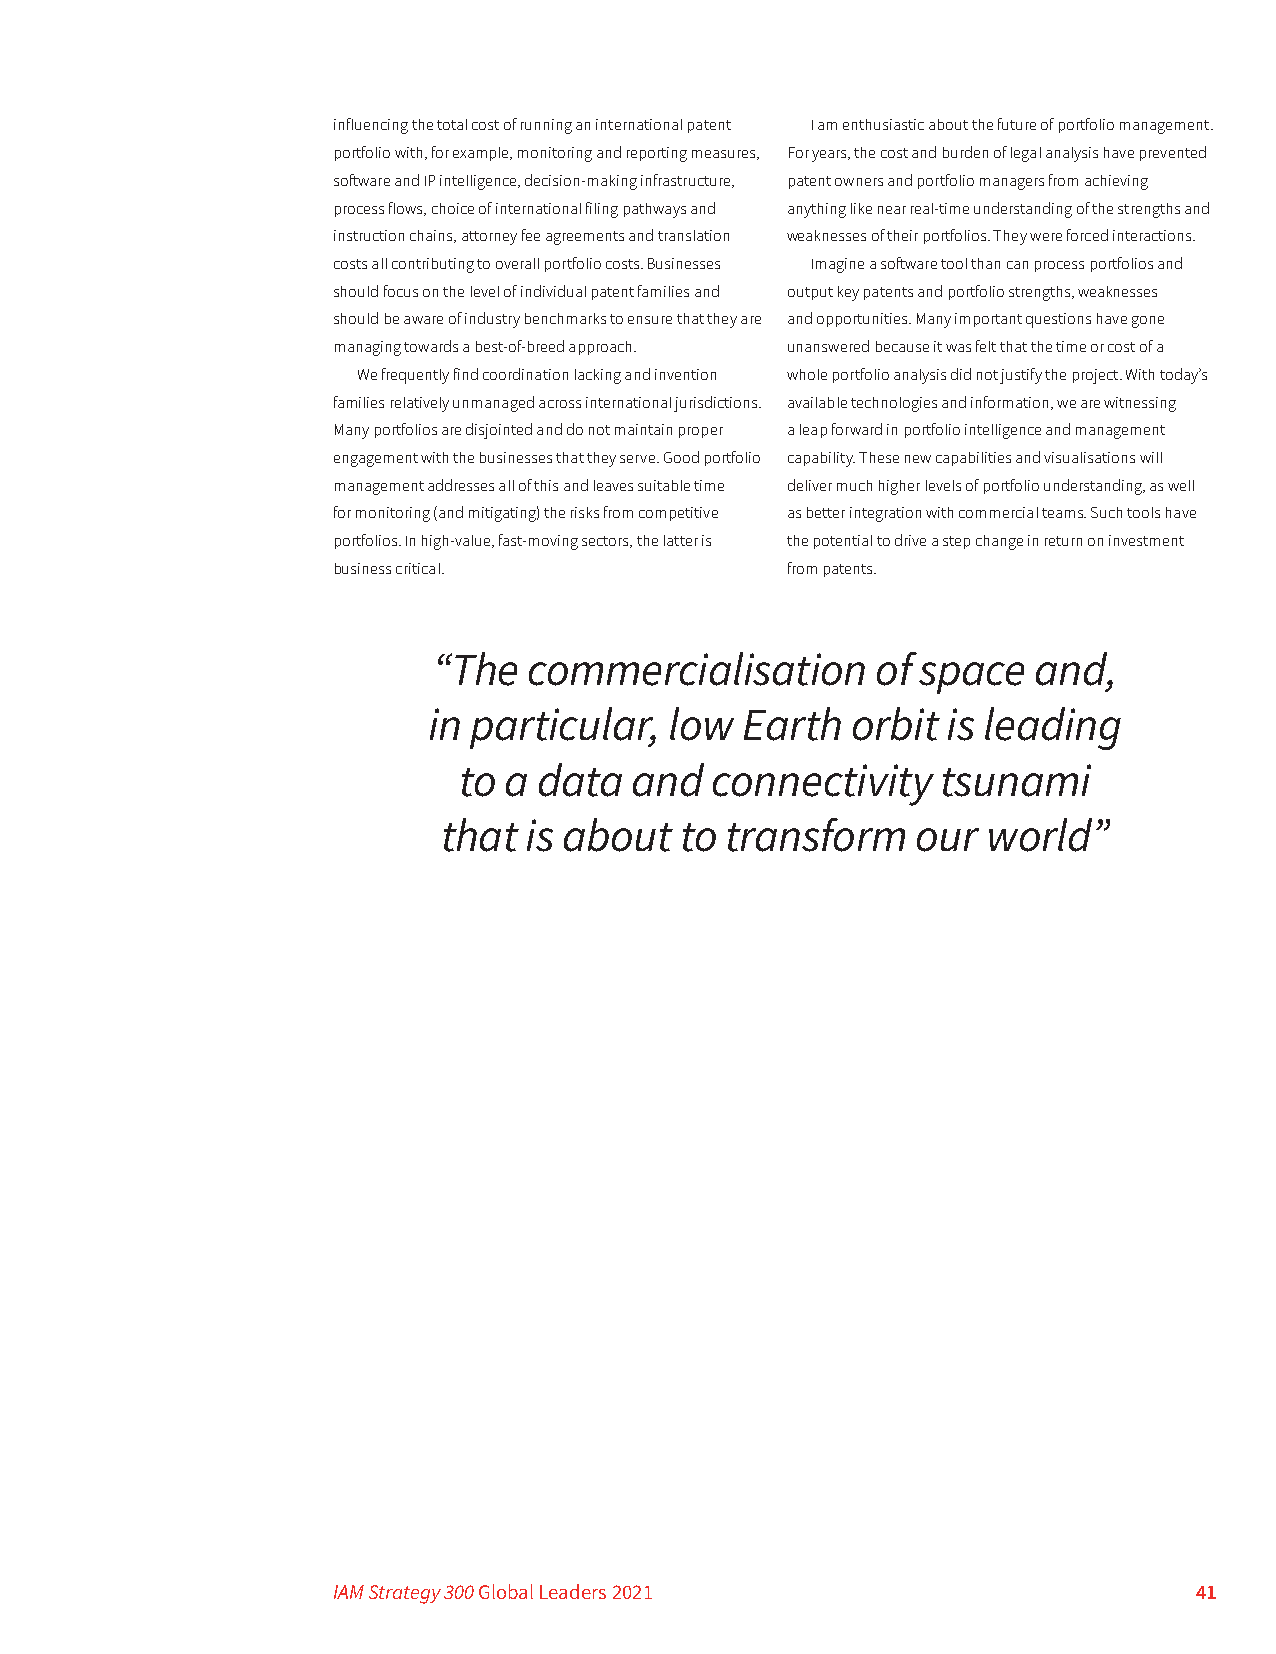
influencing the total cost of running an international patent I am enthusiastic about the future of portfolio management.
 portfolio with, for example, monitoring and reporting measures, For years, the cost and burden of legal analysis have prevented
 software and IP intelligence, decision-making infrastructure, patent owners and portfolio managers from achieving
 process flows, choice of international filing pathways and anything like near real-time understanding of the strengths and
 instruction chains, attorney fee agreements and translation weaknesses of their portfolios. They were forced interactions.
 costs all contributing to overall portfolio costs. Businesses Imagine a software tool than can process portfolios and
 should focus on the level of individual patent families and output key patents and portfolio strengths, weaknesses
 should be aware of industry benchmarks to ensure that they are and opportunities. Many important questions have gone
 managing towards a best-of-breed approach. unanswered because it was felt that the time or cost of a
 We frequently find coordination lacking and invention whole portfolio analysis did not justify the project. With today’s
 families relatively unmanaged across international jurisdictions. available technologies and information, we are witnessing
 Many portfolios are disjointed and do not maintain proper a leap forward in portfolio intelligence and management
 engagement with the businesses that they serve. Good portfolio capability. These new capabilities and visualisations will
 management addresses all of this and leaves suitable time deliver much higher levels of portfolio understanding, as well
 for monitoring (and mitigating) the risks from competitive as better integration with commercial teams. Such tools have
 portfolios. In high-value, fast-moving sectors, the latter is the potential to drive a step change in return on investment
 business critical.            from patents.
 “The  commercialisation      of space  and,
 in particular,  low  Earth  orbit  is leading
 to a  data  and  connectivity   tsunami
 that  is about  to transform    our world”
 IAM Strategy 300 Global Leaders 2021                     41